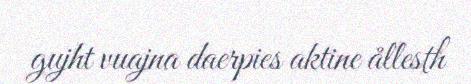
gujht vuajna daerpies aktine ållesth